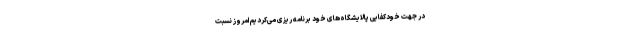
در جهت خودکفایی پالایشگاه‌های خود برنامه ریزی می‌کردیم امروز نسبت